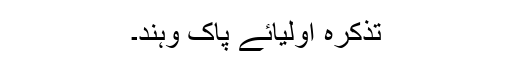
تذکرہ اولیائے پاک وہند۔